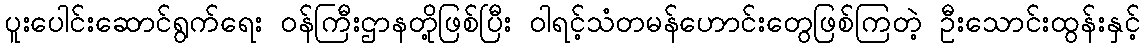
ပူးပေါင်းဆောင်ရွက်ရေး ဝန်ကြီးဌာနတို့ဖြစ်ပြီး ဝါရင့်သံတမန်ဟောင်းတွေဖြစ်ကြတဲ့ ဦးသောင်းထွန်းနှင့်